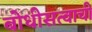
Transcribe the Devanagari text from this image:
बोधीसत्वाची